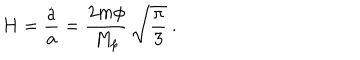
LaTeX: H = { \frac { \dot { a } } { a } } = { \frac { 2 m \phi } { M _ { p } } } \, \sqrt { \frac { \pi } { 3 } } \ .